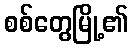
စစ်တွေမြို့၏